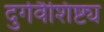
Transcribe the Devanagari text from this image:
दुर्गवैशिष्ट्य